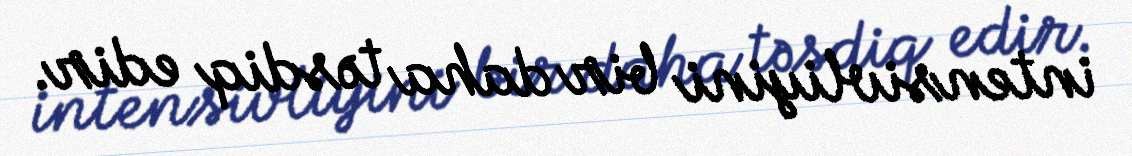
intensivliyini bir daha təsdiq edir.